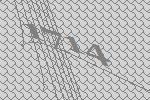
1714